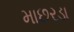
માછરડા